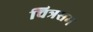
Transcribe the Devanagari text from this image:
चित्रसम